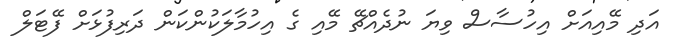
އަދި މޭއިއަށް އިހުސާސް ވިޔަ ނުދެއްޗޭ މޭއި ގެ އިހުމާލަކުންކަން ދަރިފުޅަށް ފޭޓަލް